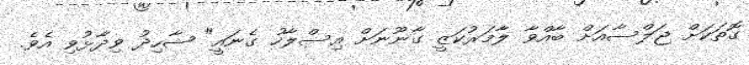
ގޮތަކަށް ޖަލްސާއަށް ބާއްވާ ލާމަރުކަޒީ ގާނޫނަށް އިސްލާހު ގެނައީ" ޝާހިދު ވިދާޅުވި އެވެ.